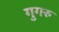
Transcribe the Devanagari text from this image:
गुगरु